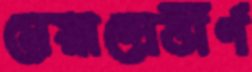
মেয়াদোর্ত্তীর্ণ